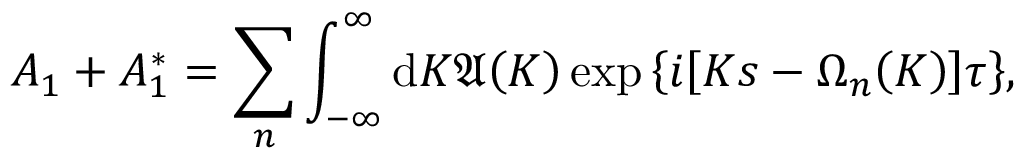
{ \cal A } _ { 1 } + { \cal A } _ { 1 } ^ { \ast } = \sum _ { n } \int _ { - \infty } ^ { \infty } \mathrm { d } K { \mathfrak A } { \left( K \right) } \exp { \left\{ i { \left[ K s - \Omega _ { n } { \left( K \right) } \right] } \tau \right\} } ,